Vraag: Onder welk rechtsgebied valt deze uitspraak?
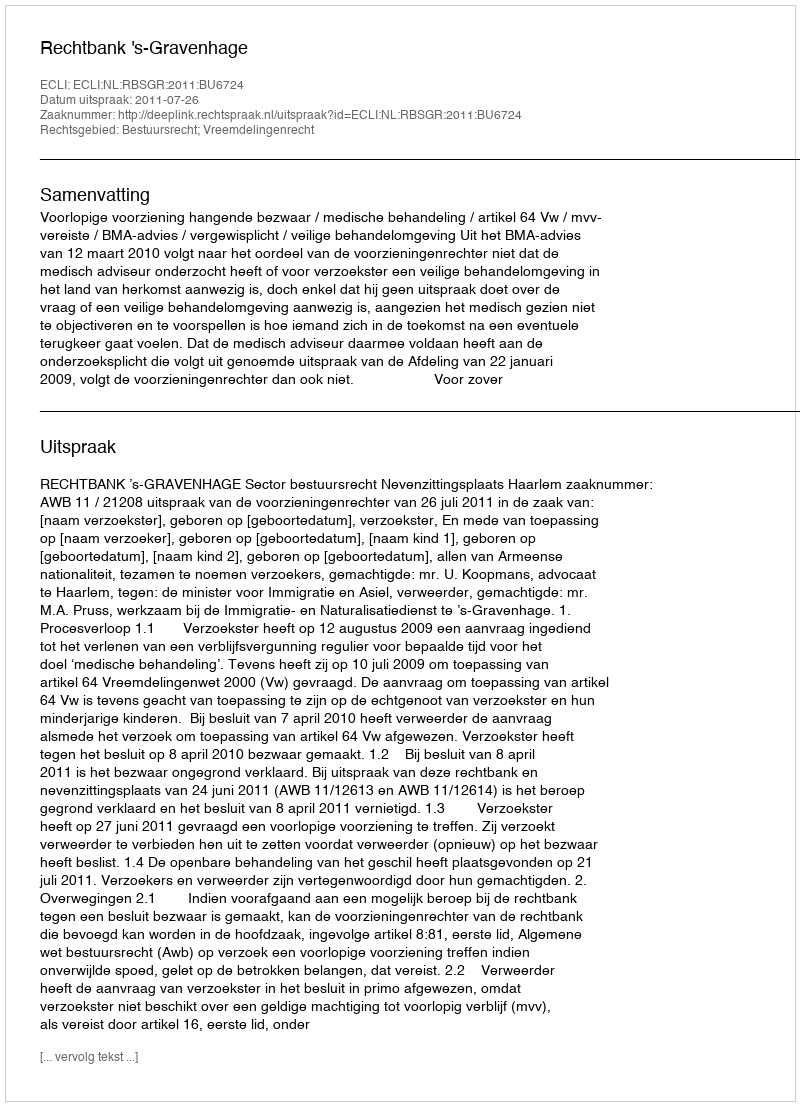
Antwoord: Bestuursrecht; Vreemdelingenrecht